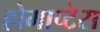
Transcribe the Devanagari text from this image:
होमाप्टेरा